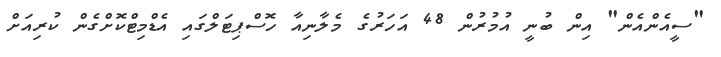
"ސީއެންއެން" އިން ބުނީ އުމުރުން 48 އަހަރުގެ މެލާނިއާ ހޮސްޕިޓަލްގައި އެޑްމިޓްކޮށްގެން ކުރިއަށް